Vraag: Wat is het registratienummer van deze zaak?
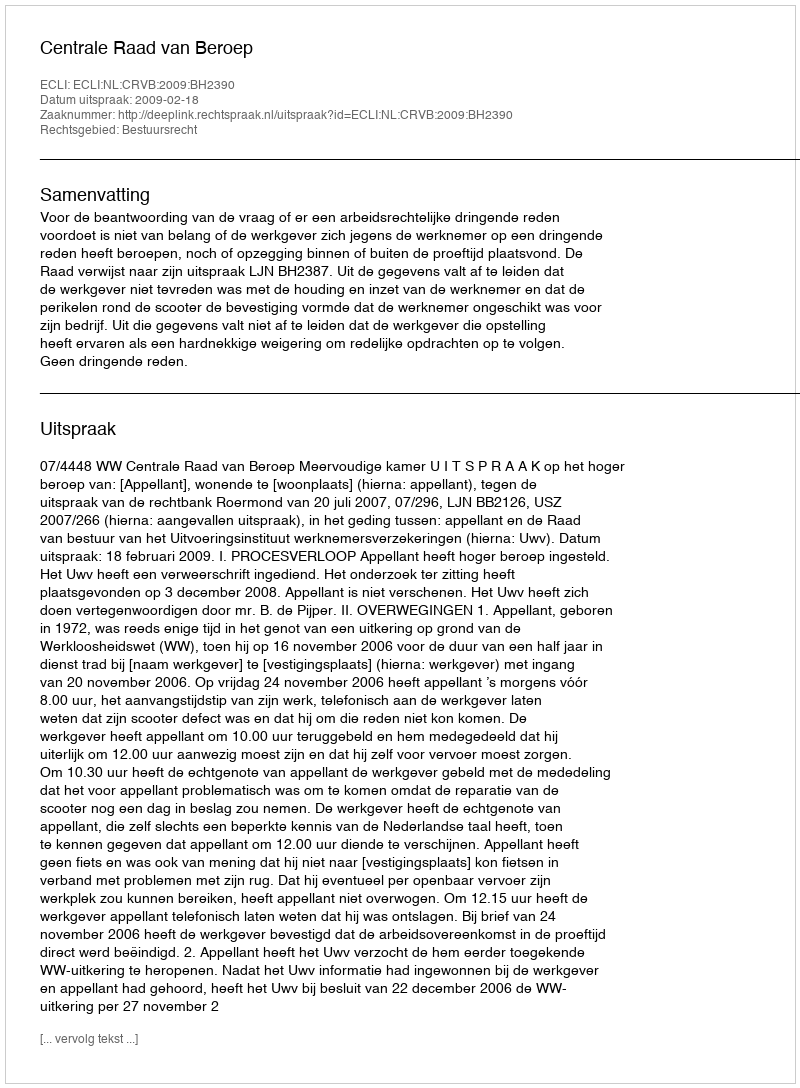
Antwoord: http://deeplink.rechtspraak.nl/uitspraak?id=ECLI:NL:CRVB:2009:BH2390